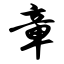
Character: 章